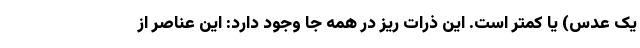
یک عدس) یا کمتر است. این ذرات ریز در همه جا وجود دارد: این عناصر از